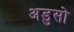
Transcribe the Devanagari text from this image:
अडुसो